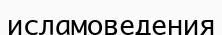
исламоведения